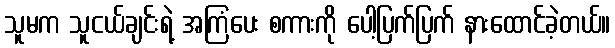
သူမက သူငယ်ချင်းရဲ့ အကြံပေး စကားကို ပေါ့ပြက်ပြက် နားထောင်ခဲ့တယ်။